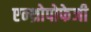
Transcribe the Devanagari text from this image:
एन्थ्रोपोफेजी